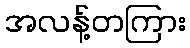
အလန့်တကြား